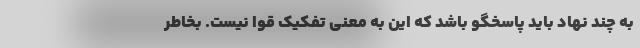
به چند نهاد باید پاسخگو باشد که این به معنی تفکیک قوا نیست. بخاطر